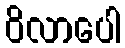
ဝိလာပေါ